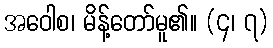
အဝေါစ၊ မိန့်တော်မူ၏။ (၄၊ ၇)